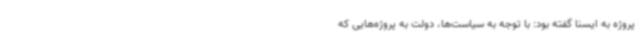
پروژه به ایسنا گفته بود: با توجه به سیاست‌ها، دولت به پروژه‌هایی که